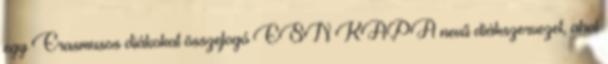
egy Erasmusos diákokat összefogó ESN KAPA nevű diákszervezet, ahol